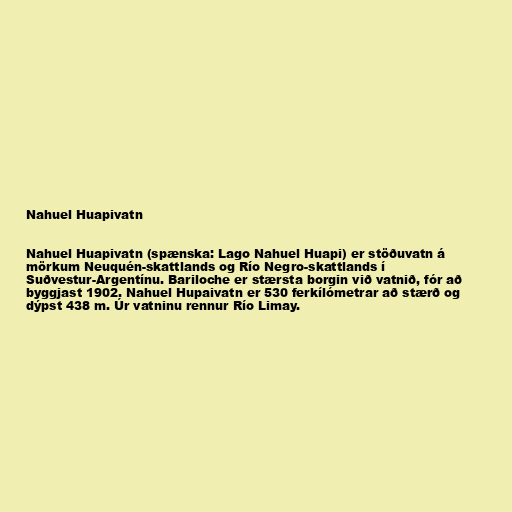
Nahuel Huapivatn

Nahuel Huapivatn (spænska: Lago Nahuel Huapi) er stöðuvatn á
mörkum Neuquén-skattlands og Río Negro-skattlands í
Suðvestur-Argentínu. Bariloche er stærsta borgin við vatnið, fór að
byggjast 1902. Nahuel Hupaivatn er 530 ferkílómetrar að stærð og
dýpst 438 m. Úr vatninu rennur Río Limay.